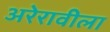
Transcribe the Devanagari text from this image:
अरेरावीला